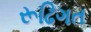
રૂઢિગત